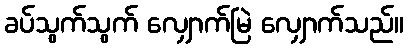
ခပ်သွက်သွက် လျှောက်မြဲ လျှောက်သည်။